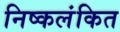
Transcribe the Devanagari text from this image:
निष्कलंकित